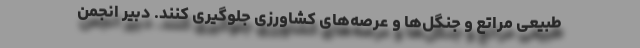
طبیعی مراتع و جنگل‌ها و عرصه‌های کشاورزی جلوگیری کنند. دبیر انجمن